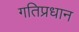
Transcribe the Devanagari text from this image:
गतिप्रधान